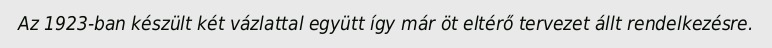
Az 1923-ban készült két vázlattal együtt így már öt eltérő tervezet állt rendelkezésre.